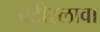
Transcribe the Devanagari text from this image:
ब्रटीस्लावा